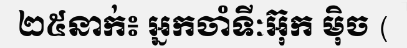
២៥នាក់៖ អ្នកចាំទីៈអ៊ុក ម៉ិច (